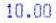
10.00